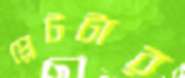
প্লেটটার